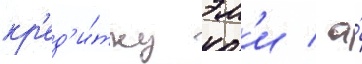
кр'ед'и́тку эм'и / а́